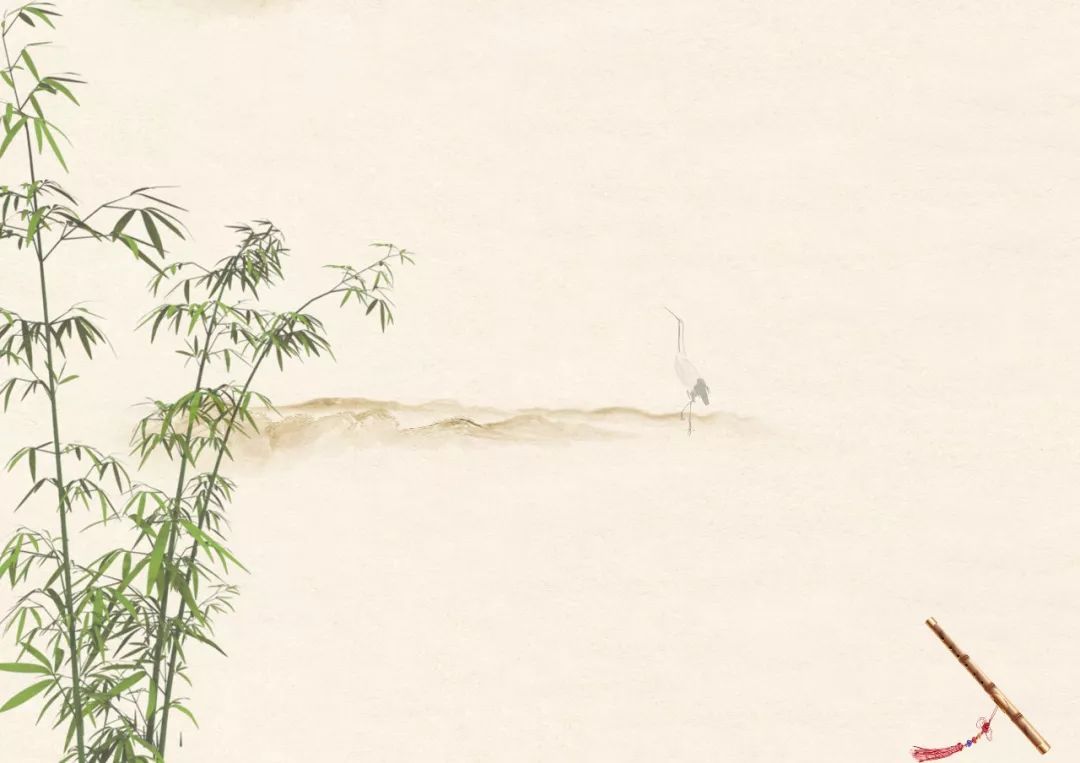
良弓难张，然可以及高入深良马难乘，然可以任重致远